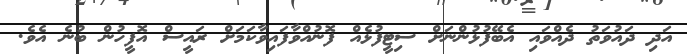
އަދި ދައުވަތު ދެއްވައި އެބޭފުޅުންނަށް ސިޓީފުޅެއް ފޮނުއްވާފައިވާކަމަށް ރައީސް އޮފީހުން ބުނެ އެވެ.